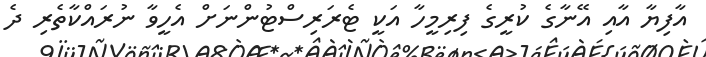
އާފިޔާ އާއި އޭނާގެ ކުރީގެ ފިރިމީހާ އަކީ ޓެރަރިސްޓުންނަށް އެހީވާ ނުރައްކާތެރި ދެ